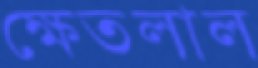
ক্ষেতলাল